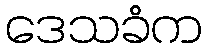
ဒေသခံက